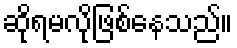
ဆိုရမလိုဖြစ်နေသည်။